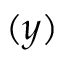
( y )